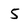
Character: 5